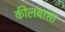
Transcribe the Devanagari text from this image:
कीलबासा